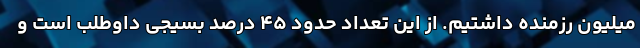
میلیون رزمنده داشتیم. از این تعداد حدود ۴۵ درصد بسیجی داوطلب است و